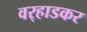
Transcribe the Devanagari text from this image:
वर्‍हाडकर